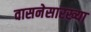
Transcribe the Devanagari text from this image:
वासनेसारख्या